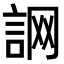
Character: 𧧜